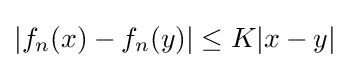
\left|f_{n}(x)-f_{n}(y)\right|\leq K|x-y|